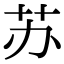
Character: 苏